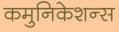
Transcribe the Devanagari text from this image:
कमुनिकेशन्स